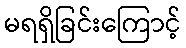
မရရှိခြင်းကြောင့်